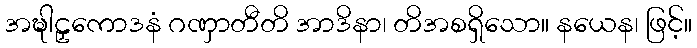
အဍ္ဎါဠှကောဒနံ ဂဏှာတီတိ အာဒိနာ၊ တိအစရှိသော။ နယေန၊ ဖြင့်။